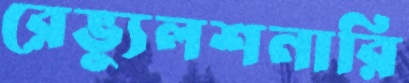
রেভ্যুলশনারি